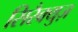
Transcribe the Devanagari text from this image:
सिरैक्युज़